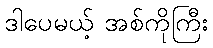
ဒါပေမယ့် အစ်ကိုကြီး